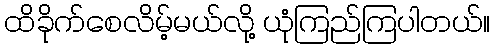
ထိခိုက်စေလိမ့်မယ်လို့ ယုံကြည်ကြပါတယ်။